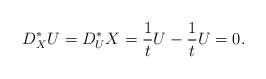
LaTeX: \begin{align*} D^*_XU = D^*_UX = \frac{1}{t}U - \frac{1}{t}U = 0. \end{align*}